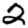
Digit: 2